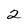
Character: 2